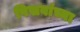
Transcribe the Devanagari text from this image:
पिसवांच्या